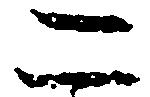
二